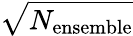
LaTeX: \sqrt{N_{\mathrm{ensemble}}}